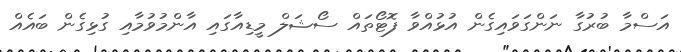
އަސްމާ ބުރުގާ ނަންގަވައިގެން އުޅުއްވާ ފޮޓޯތައް ސޯޝަލް މީޑިއާގައި އާންމުވުމާއި ގުޅިގެން ބައެއް